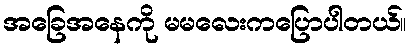
အခြေအနေကို မမလေးကပြောပါတယ်။